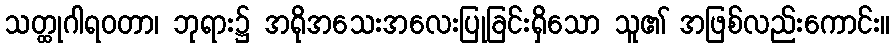
သတ္ထုဂါရဝတာ၊ ဘုရား၌ အရိုအသေးအလေးပြုခြင်းရှိသော သူ၏ အဖြစ်လည်းကောင်း။